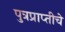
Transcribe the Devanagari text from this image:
पुत्रप्राप्‍तीचे